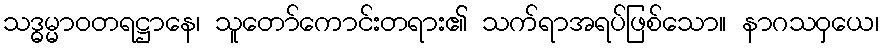
သဒ္ဓမ္မာဝတရဋ္ဌာနေ၊ သူတော်ကောင်းတရား၏ သက်ရာအရပ်ဖြစ်သော။ နာဂသဝှယေ၊